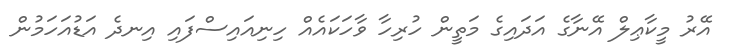
އޭރު މީކާޢިލް އޭނާގެ އަދައިގެ މަތީން ހުރިހާ ވާހަކައެއް ހިނިއައިސްފައި އިނދެ އަޑުއަހަމުން